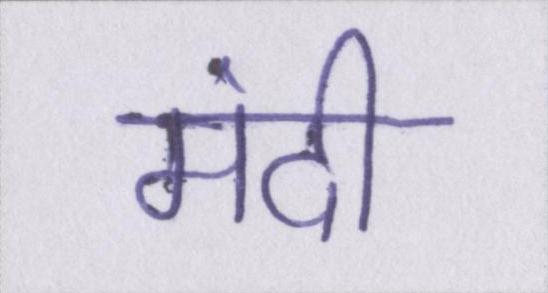
मंदी